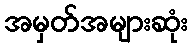
အမှတ်အများဆုံး